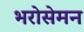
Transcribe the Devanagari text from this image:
भरोसेमन